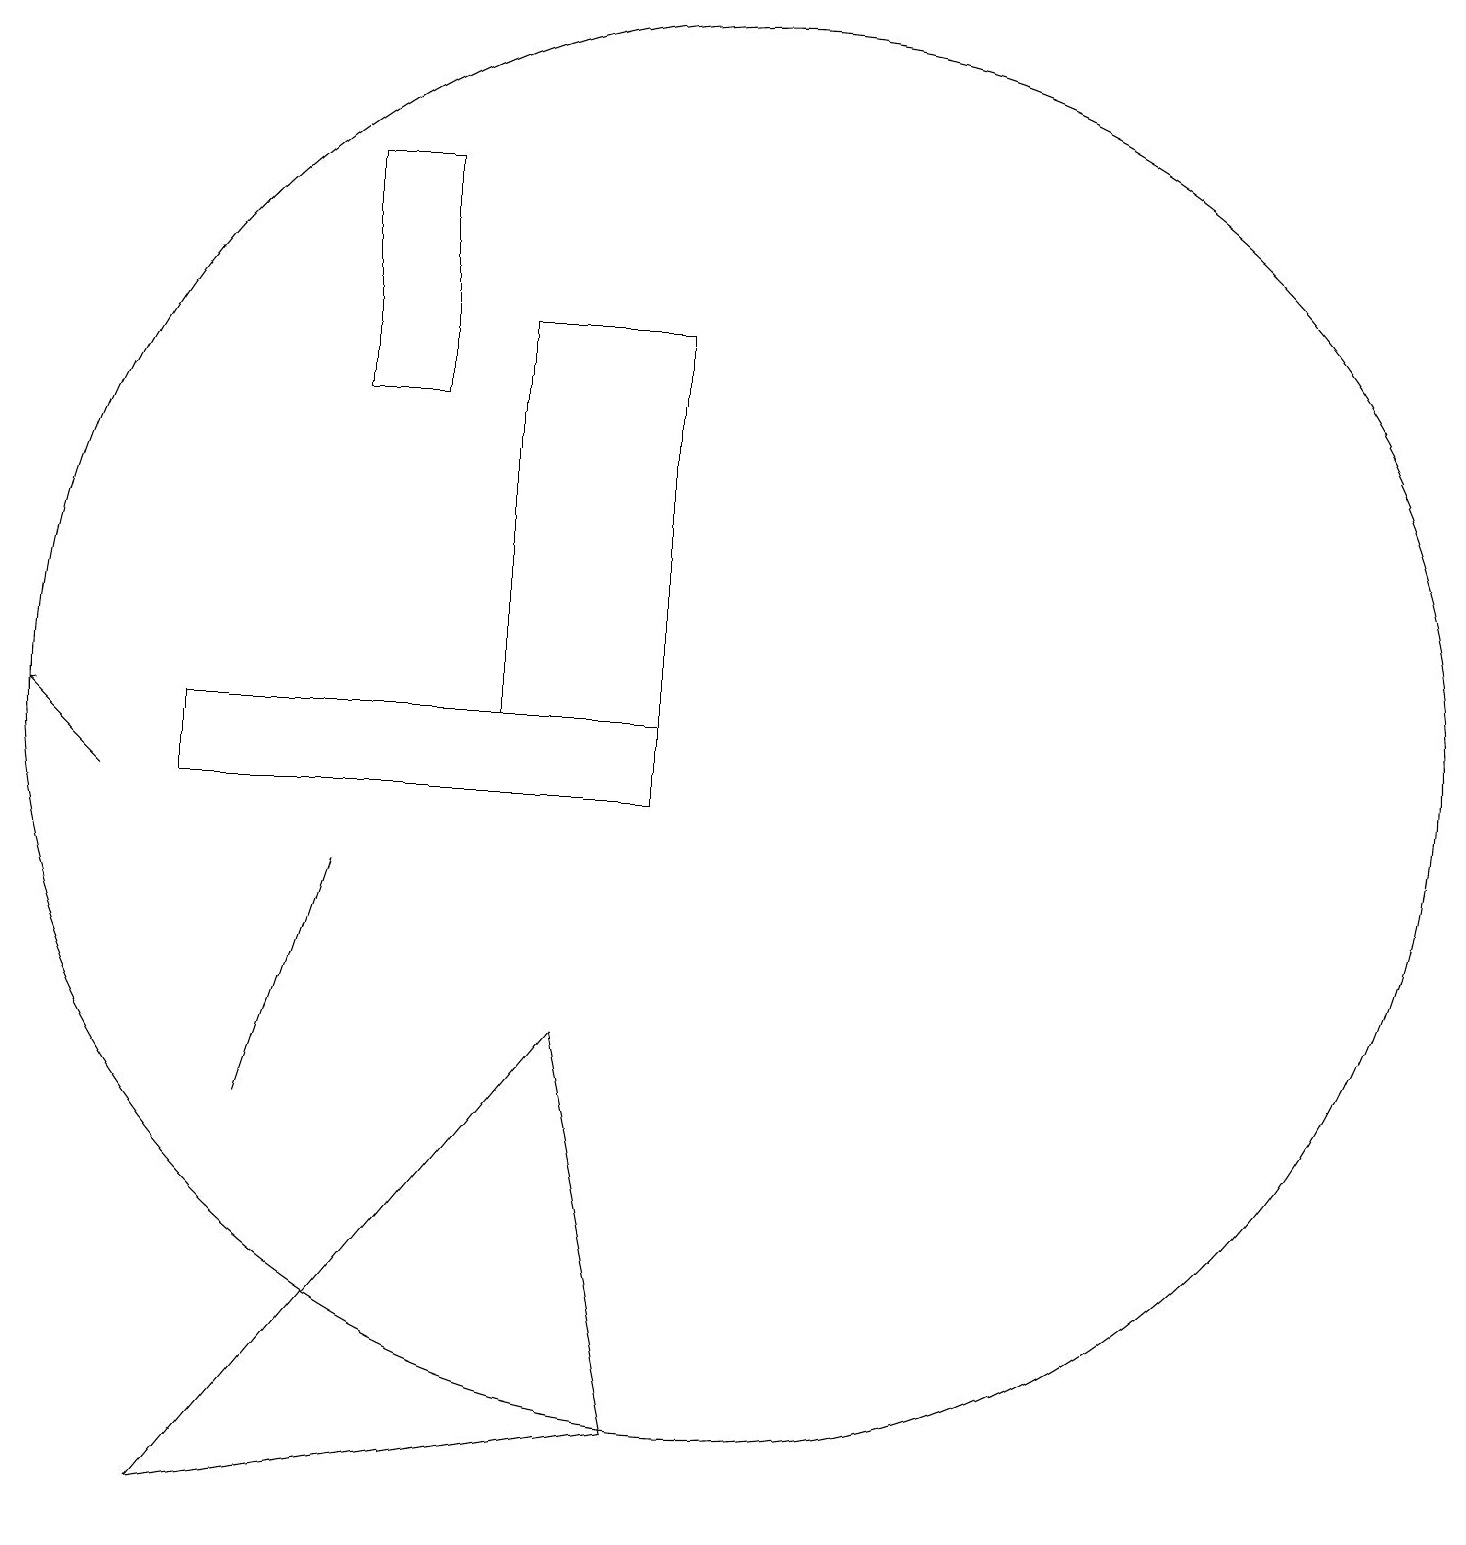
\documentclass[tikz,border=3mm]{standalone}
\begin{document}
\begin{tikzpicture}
\draw (10,11) circle (9);
\draw (9,11) rectangle (7,16);
\draw (5,15) rectangle (6,18);
\draw[->] (2,10) -- (1,11);
\draw (9,11) rectangle (3,10);
\draw (3,1) -- (8,7) -- (9,2) -- cycle;
\draw (4,6) -- (4,6) -- (5,9) -- cycle;
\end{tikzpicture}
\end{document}